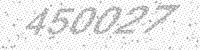
Solution: 450027